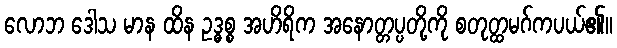
လောဘ ဒေါသ မာန ထိန ဥဒ္ဓစ္စ အဟိရိက အနောတ္တပ္ပတို့ကို စတုတ္ထမဂ်ကပယ်၏။